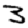
Digit: 3